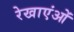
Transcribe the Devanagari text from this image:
रेखाएंओं